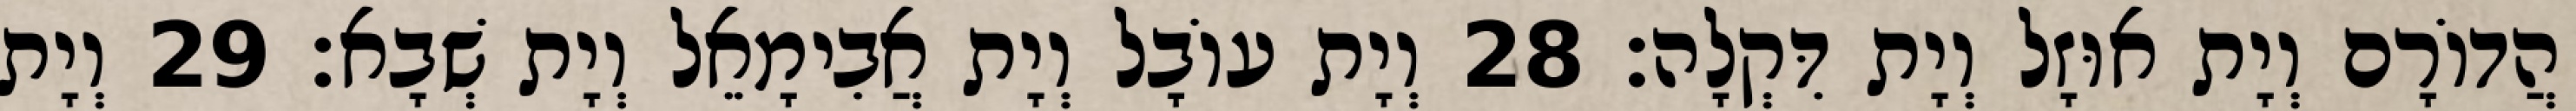
הֲדוֹרָם וְיָת אוּזָל וְיָת דִּקְלָה׃ 28 וְיָת עוֹבָל וְיָת אֲבִימָאֵל וְיָת שְׁבָא׃ 29 וְיָת